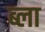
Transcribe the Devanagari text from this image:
ब्ला